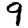
Digit: 9